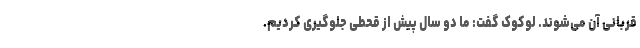
قربانی آن می‌شوند. لوکوک گفت: ما دو سال پیش از قحطی جلوگیری کردیم.